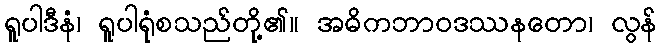
ရူပါဒီနံ၊ ရူပါရုံစသည်တို့၏။ အဓိကဘာဝဒဿနတော၊ လွန်